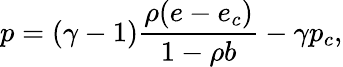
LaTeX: p=(\gamma-1)\frac{\rho(e-e_{c})}{1-\rho b}-\gamma p_{c},